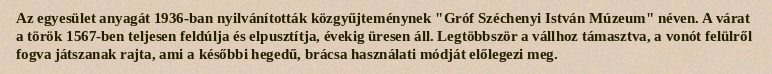
Az egyesület anyagát 1936-ban nyilvánították közgyűjteménynek "Gróf Széchenyi István Múzeum" néven. A várat a török 1567-ben teljesen feldúlja és elpusztítja, évekig üresen áll. Legtöbbször a vállhoz támasztva, a vonót felülről fogva játszanak rajta, ami a későbbi hegedű, brácsa használati módját előlegezi meg.